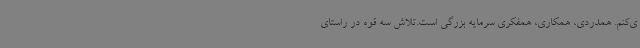
ی‌کنم. همدردی، همکاری، همفکری سرمایه بزرگی است.تلاش سه قوه در راستای